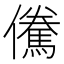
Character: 儯